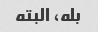
بله، البته